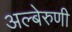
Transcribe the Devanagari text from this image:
अल्बेरुणी